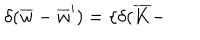
LaTeX: \delta ( \overline { { { w } } } - \overline { { { w } } } ^ { \prime } ) = \{ \delta ( \overline { { { K } } } -